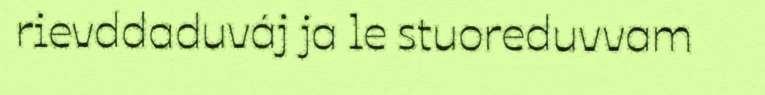
rievddaduváj ja le stuoreduvvam